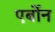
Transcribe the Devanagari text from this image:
एर्बोन